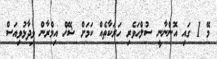
މޭ 1 ގައި އޮންނާނީ ސުލްހަވެރި ހަރަކާތެއް ކަމަށް ޝޭޚް އިމްރާން ވިދާޅުވިއަސް